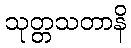
သုတ္တသတာနိ